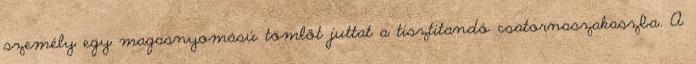
személy egy magasnyomású tömlőt juttat a tisztítandó csatornaszakaszba. A